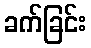
ခက်ခြင်း